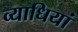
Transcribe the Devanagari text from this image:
व्‍याधियां